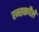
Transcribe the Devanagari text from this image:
रम्सकपैले